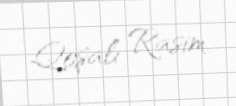
Qoşalı Rasim